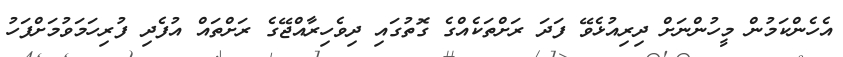
އެހެންކަމުން މީހުންނަށް ދިރިއުޅެވޭ ފަދަ ރަށްތަކެއްގެ ގޮތުގައި ދިވެހިރާއްޖޭގެ ރަށްތައް އުފެދި ފުރިހަމަވުމަށްފަހު